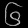
Digit: ၆